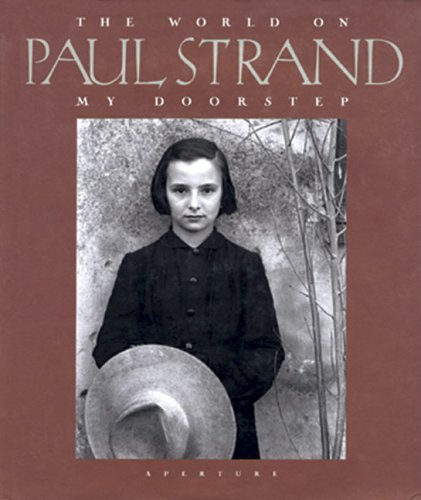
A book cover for Paul Strand: The World On My Doorstep; Travel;